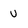
Character: U